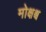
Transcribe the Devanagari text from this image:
मोक्षश्च